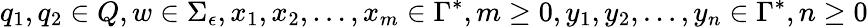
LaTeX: q_{1},q_{2}\in Q,w\in\Sigma_{\epsilon},x_{1},x_{2},\ldots,x_{m}\in\Gamma^{*},m\geq 0,y_{1},y_{2},\ldots,y_{n}\in\Gamma^{*},n\geq 0